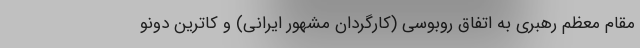
مقام معظم رهبری به اتفاق روبوسی (کارگردان مشهور ایرانی) و کاترین دونو